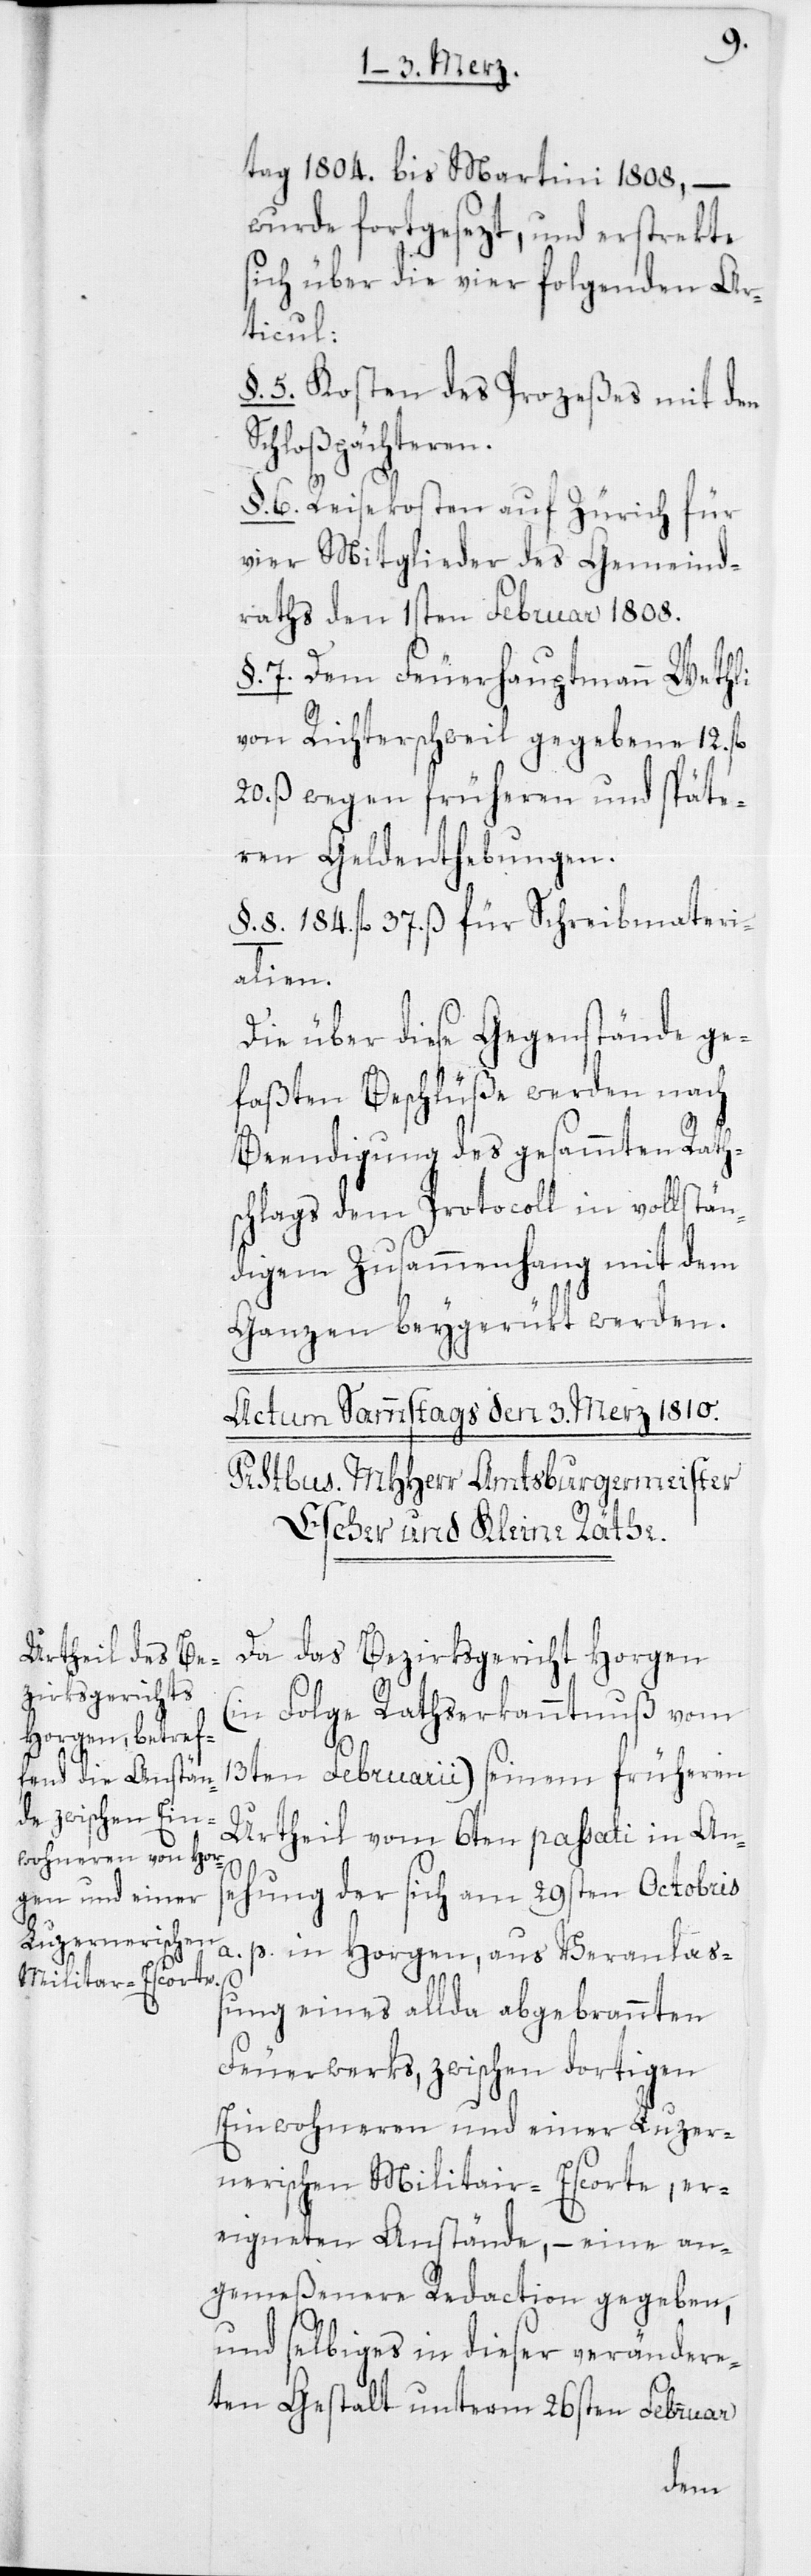
tag 1804. bis Martini 1808, –
wurde fortgesezt, und erstrekte
sich über die vier folgenden Ar¬
Veranla¬
§. 5. Kosten des Prozeßes mit den
Schloßpächteren.
p.
§. 6. Reisekosten auf Zürich für
vier Mitglieder des Gemeind¬
raths den 1sten Februar 1808.
§. 7. Dem Feuerhauptmann Wethli
von Richterschweil gegebene 12.
20. ß wegen früheren und späte¬
ren Geldenthebungen.
§. 8. 184. fl. 37. ß für Schreibmateri¬
alien.
Die über diese Gegenstände ge¬
faßten Beschlüße werden nach
Beendigung des gesammten Rath¬
schlags dem Protocoll in vollstän¬
digem Zusammenhang mit dem
Ganzen beygerükt werden.
Da das Bezirksgericht Horgen
(in Folge Rathserkanntnuß vom
13ten Februarii) seinem früheren
Urtheil vom 6ten passati in Ans¬
ehung der sich am 29sten Octobris
ßung eines allda abgebrannten
Feuerwerks, zwischen dortigen
Einwohneren und einer Luzer¬
nerischen Militair-Escorte, er¬
eigneten Anstände, – eine an¬
gemeßenere Redaction gegeben,
und selbiges in dieser veränder¬
ten Gestalt unterm 26sten Februar